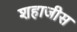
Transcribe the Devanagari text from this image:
शहाजीस